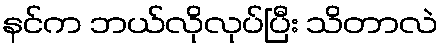
နင်က ဘယ်လိုလုပ်ပြီး သိတာလဲ